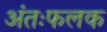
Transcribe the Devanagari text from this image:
अंतःफलक